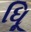
ધૂિ